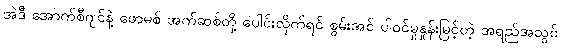
အဲဒီ အောက်စီဂျင်နဲ့ ဖောမစ် အက်ဆစ်တို့ ပေါင်းလိုက်ရင် စွမ်းအင် ပါဝင်မှုနှုန်းမြင့်တဲ့ အရည်အသွင်